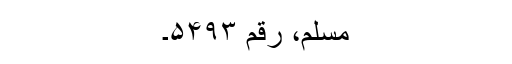
مسلم، رقم ۵۴۹۳۔